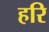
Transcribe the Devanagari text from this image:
हरि